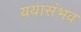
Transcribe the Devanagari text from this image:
ययासंभव